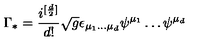
\Gamma _ { * } = \frac { i ^ { [ \frac { d } { 2 } ] } } { d ! } \sqrt { g } \epsilon _ { \mu _ { 1 } \dots \mu _ { d } } \psi ^ { \mu _ { 1 } } \dots \psi ^ { \mu _ { d } }